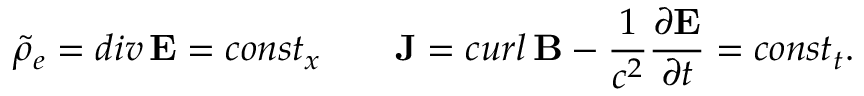
\tilde { \rho } _ { e } = d i v \, { \bf E } = c o n s t _ { x } \qquad { \bf J } = c u r l \, { \bf B } - { \frac { 1 } { c ^ { 2 } } } { \frac { \partial { \bf E } } { \partial t } } = c o n s t _ { t } .